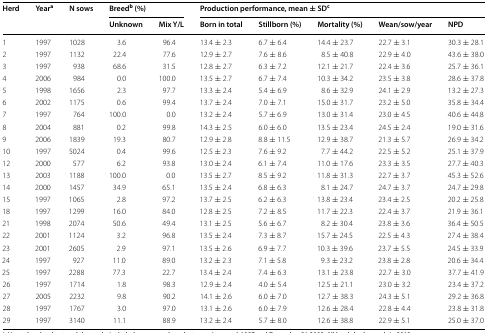
<table><thead><tr><td rowspan="2"><b>Herd</b></td><td rowspan="2"><b>Year<sup>a</sup></b></td><td rowspan="2"><b>N sows</b></td><td colspan="2"><b>Breed<sup>b</sup> (%)</b></td><td colspan="5"><b>Production performance, mean ± SD<sup>c</sup></b></td></tr><tr><td><b>Unknown</b></td><td><b>Mix Y/L</b></td><td><b>Born in total</b></td><td><b>Stillborn (%)</b></td><td><b>Mortality (%)</b></td><td><b>Wean/sow/year</b></td><td><b>NPD</b></td></tr></thead><tbody><tr><td>1</td><td>1997</td><td>1028</td><td>3.6</td><td>96.4</td><td>13.4 ± 2.3</td><td>6.7 ± 6.4</td><td>14.4 ± 23.7</td><td>22.7 ± 3.1</td><td>30.3 ± 28.1</td></tr><tr><td>2</td><td>1997</td><td>1132</td><td>22.4</td><td>77.6</td><td>12.9 ± 2.7</td><td>7.6 ± 8.6</td><td>8.5 ± 40.8</td><td>22.9 ± 4.0</td><td>43.6 ± 38.0</td></tr><tr><td>3</td><td>1997</td><td>938</td><td>68.6</td><td>31.5</td><td>12.8 ± 2.7</td><td>6.3 ± 7.2</td><td>12.1 ± 21.7</td><td>22.4 ± 3.6</td><td>25.7 ± 36.1</td></tr><tr><td>4</td><td>2006</td><td>984</td><td>0.0</td><td>100.0</td><td>13.5 ± 2.7</td><td>6.7 ± 7.4</td><td>10.3 ± 34.2</td><td>23.5 ± 3.8</td><td>28.6 ± 37.8</td></tr><tr><td>5</td><td>1998</td><td>1656</td><td>2.3</td><td>97.7</td><td>13.3 ± 2.4</td><td>5.4 ± 6.9</td><td>8.6 ± 32.9</td><td>24.1 ± 2.9</td><td>13.2 ± 27.3</td></tr><tr><td>6</td><td>2002</td><td>1175</td><td>0.6</td><td>99.4</td><td>13.7 ± 2.4</td><td>7.0 ± 7.1</td><td>15.0 ± 31.7</td><td>23.2 ± 5.0</td><td>35.8 ± 34.4</td></tr><tr><td>7</td><td>1997</td><td>764</td><td>100.0</td><td>0.0</td><td>13.2 ± 2.4</td><td>5.7 ± 6.9</td><td>13.0 ± 31.4</td><td>23.0 ± 4.5</td><td>40.6 ± 44.8</td></tr><tr><td>8</td><td>2004</td><td>881</td><td>0.2</td><td>99.8</td><td>14.3 ± 2.5</td><td>6.0 ± 6.0</td><td>13.5 ± 23.4</td><td>24.5 ± 2.4</td><td>19.0 ± 31.6</td></tr><tr><td>9</td><td>2006</td><td>1839</td><td>19.3</td><td>80.7</td><td>12.9 ± 2.8</td><td>8.8 ± 11.5</td><td>12.9 ± 38.7</td><td>21.3 ± 5.7</td><td>26.9 ± 34.2</td></tr><tr><td>10</td><td>1997</td><td>5024</td><td>0.4</td><td>99.6</td><td>12.5 ± 2.3</td><td>7.6 ± 9.2</td><td>7.7 ± 44.2</td><td>22.5 ± 5.2</td><td>25.1 ± 37.9</td></tr><tr><td>12</td><td>2000</td><td>577</td><td>6.2</td><td>93.8</td><td>13.0 ± 2.4</td><td>6.1 ± 7.4</td><td>11.0 ± 17.6</td><td>23.3 ± 3.5</td><td>27.7 ± 40.3</td></tr><tr><td>13</td><td>2003</td><td>1188</td><td>100.0</td><td>0.0</td><td>13.5 ± 2.7</td><td>8.5 ± 9.2</td><td>11.8 ± 31.3</td><td>22.7 ± 3.7</td><td>45.3 ± 52.6</td></tr><tr><td>14</td><td>2000</td><td>1457</td><td>34.9</td><td>65.1</td><td>13.5 ± 2.4</td><td>6.8 ± 6.3</td><td>8.1 ± 24.7</td><td>24.7 ± 3.7</td><td>24.7 ± 29.8</td></tr><tr><td>15</td><td>1997</td><td>1065</td><td>2.8</td><td>97.2</td><td>13.7 ± 2.5</td><td>6.2 ± 6.3</td><td>13.8 ± 23.4</td><td>23.4 ± 2.5</td><td>20.2 ± 25.8</td></tr><tr><td>18</td><td>1997</td><td>1299</td><td>16.0</td><td>84.0</td><td>12.8 ± 2.5</td><td>7.2 ± 8.5</td><td>11.7 ± 22.3</td><td>22.4 ± 3.7</td><td>21.9 ± 36.1</td></tr><tr><td>21</td><td>1998</td><td>2074</td><td>50.6</td><td>49.4</td><td>13.1 ± 2.5</td><td>5.6 ± 6.7</td><td>8.2 ± 30.4</td><td>23.8 ± 3.6</td><td>36.4 ± 50.5</td></tr><tr><td>22</td><td>2001</td><td>1124</td><td>3.2</td><td>96.8</td><td>13.5 ± 2.4</td><td>7.3 ± 8.7</td><td>15.7 ± 24.5</td><td>22.5 ± 4.3</td><td>27.4 ± 38.4</td></tr><tr><td>23</td><td>2001</td><td>2605</td><td>2.9</td><td>97.1</td><td>13.5 ± 2.6</td><td>6.9 ± 7.7</td><td>10.3 ± 39.6</td><td>23.7 ± 5.5</td><td>24.5 ± 33.9</td></tr><tr><td>24</td><td>1997</td><td>927</td><td>11.0</td><td>89.0</td><td>13.2 ± 2.3</td><td>7.1 ± 5.8</td><td>9.3 ± 23.2</td><td>23.8 ± 2.8</td><td>20.6 ± 34.4</td></tr><tr><td>25</td><td>1997</td><td>2288</td><td>77.3</td><td>22.7</td><td>13.4 ± 2.4</td><td>7.4 ± 6.3</td><td>13.1 ± 23.8</td><td>22.7 ± 3.0</td><td>37.7 ± 41.9</td></tr><tr><td>26</td><td>1997</td><td>1714</td><td>1.8</td><td>98.3</td><td>12.9 ± 2.4</td><td>4.0 ± 5.4</td><td>12.5 ± 21.1</td><td>23.0 ± 3.2</td><td>23.4 ± 37.2</td></tr><tr><td>27</td><td>2005</td><td>2232</td><td>9.8</td><td>90.2</td><td>14.1 ± 2.6</td><td>6.0 ± 7.0</td><td>12.7 ± 38.3</td><td>24.3 ± 5.1</td><td>29.2 ± 36.8</td></tr><tr><td>28</td><td>1997</td><td>1767</td><td>3.0</td><td>97.0</td><td>13.1 ± 2.6</td><td>6.0 ± 7.9</td><td>12.6 ± 28.4</td><td>22.8 ± 4.4</td><td>23.8 ± 31.8</td></tr><tr><td>29</td><td>1997</td><td>3140</td><td>11.1</td><td>88.9</td><td>13.2 ± 2.4</td><td>5.7 ± 8.0</td><td>12.6 ± 38.8</td><td>22.9 ± 5.1</td><td>25.0 ± 37.0</td></tr></tbody></table>